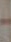
-